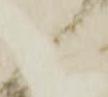
し